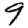
Digit: 9